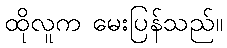
ထိုလူက မေးပြန်သည်။